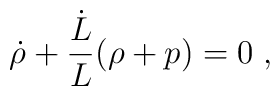
\dot{\rho}+\frac{\dot{L}}{L}(\rho+p)=0\;,